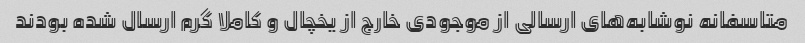
متاسفانه نوشابه‌های ارسالی از موجودی خارج از یخچال و کاملا گرم ارسال شده بودند